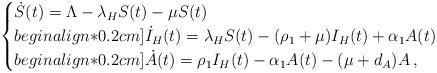
LaTeX: \begin{align*}\begin{cases}\dot{S}(t) = \Lambda - \lambda_H S(t) - \mu S(t)\\begin{align*}0.2 cm]\dot{I}_H(t) = \lambda_H S(t) - (\rho_1 + \mu)I_H(t) + \alpha_1 A(t)\\begin{align*}0.2 cm]\dot{A}(t) = \rho_1 I_H(t) - \alpha_1 A(t) - (\mu + d_A)A \, ,\end{cases}\end{align*}